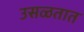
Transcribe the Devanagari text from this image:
उसळतात